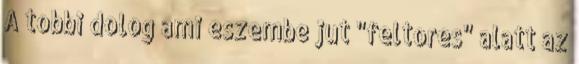
A tobbi dolog ami eszembe jut "feltores" alatt az